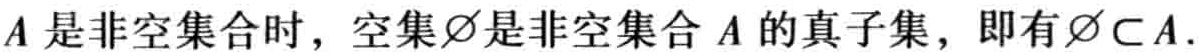
$A$是非空集合时，空集$\varnothing$是非空集合$A$的真子集，即有$\varnothing\subset A$.